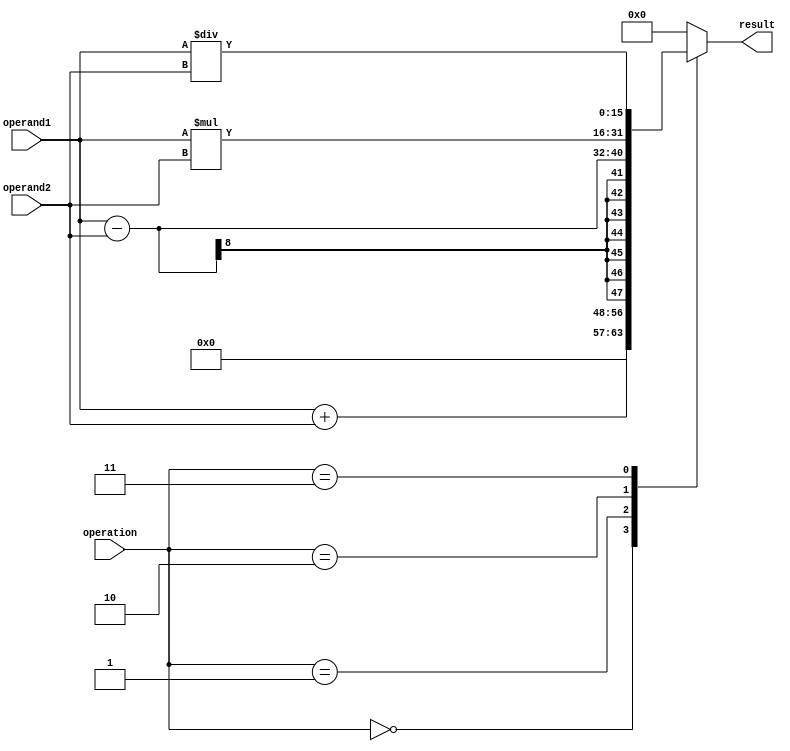
module FixedPointFloatingPointUnit (
    input [7:0] operand1,
    input [7:0] operand2,
    input [2:0] operation,
    output reg [15:0] result
);

reg [15:0] temp_result;
reg [1:0] int_bits = 4; // Number of integer bits
reg [2:0] frac_bits = 4; // Number of fractional bits

always @(*) begin
    case(operation)
        3'b000: // addition
            temp_result = operand1 + operand2;
        3'b001: // subtraction
            temp_result = operand1 - operand2;
        3'b010: // multiplication
            temp_result = operand1 * operand2;
        3'b011: // division
            temp_result = operand1 / operand2;
        default: 
            temp_result = 16'b0;
    endcase
end

always @(temp_result) begin
    // Rounding logic - To be implemented based on design requirements
    result = temp_result;
end

endmodule